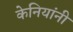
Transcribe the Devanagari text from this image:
केनियांनी